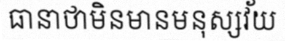
ធានាថាមិនមានមនុស្សវ័យ